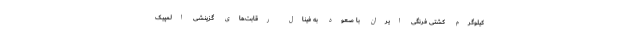
کیلوگرم کشتی فرنگی ایران با صعود به فینال رقابت‌های گزینشی المپیک